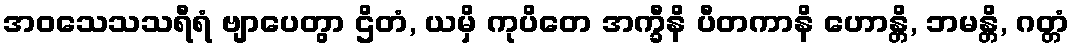
အဝသေသသရီရံ ဗျာပေတွာ ဌိတံ, ယမှိ ကုပိတေ အက္ခီနိ ပီတကာနိ ဟောန္တိ, ဘမန္တိ, ဂတ္တံ